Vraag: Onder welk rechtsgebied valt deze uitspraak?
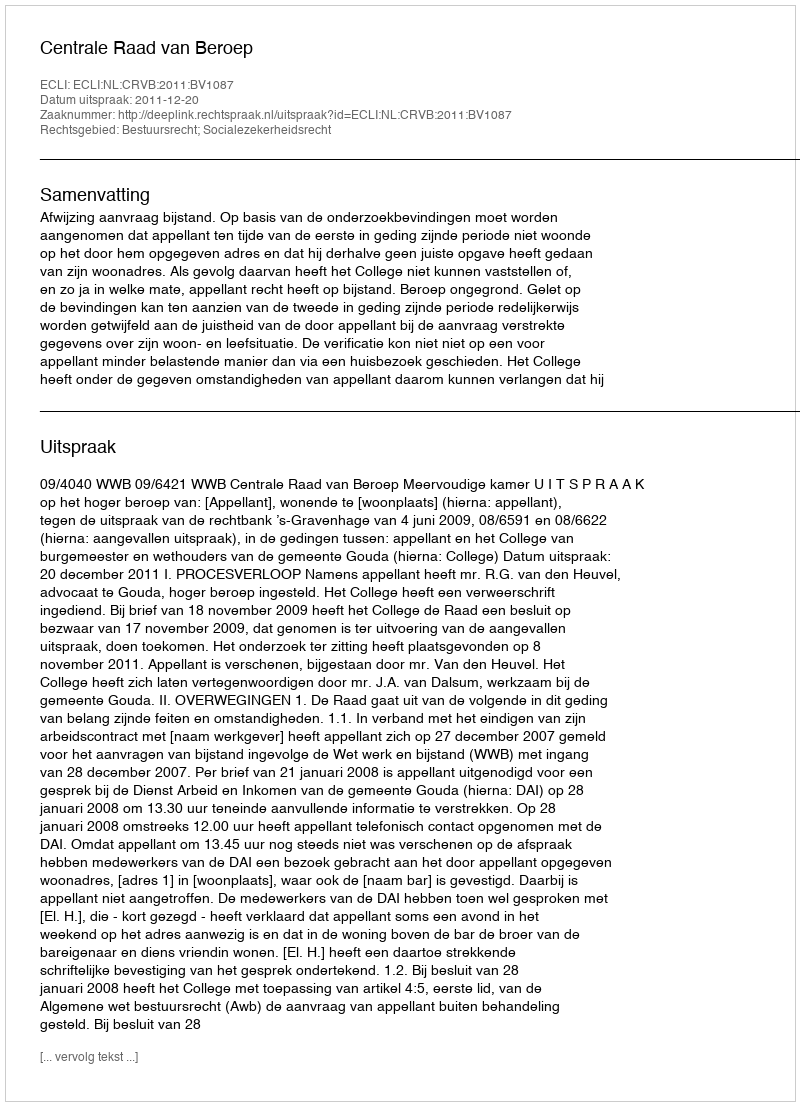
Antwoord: Bestuursrecht; Socialezekerheidsrecht